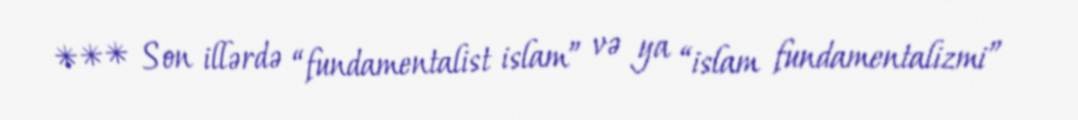
*** Son illərdə “fundamentalist islam” və ya “islam fundamentalizmi”